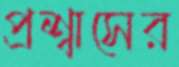
প্রশ্বাসের